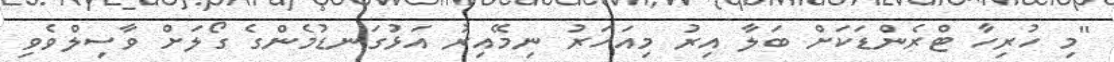
"މި ހުރިހާ ޓްރެންޑަކަށް ބަލާ އިރު މިއަހަރު ނިމޭއިރު އަޅުގަނޑުމެންގެ ގޯލަށް ވާސިލްވެވި